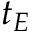
t _ { E }